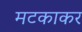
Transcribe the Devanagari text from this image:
मटकाकर